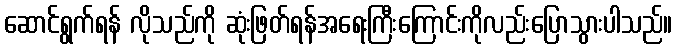
ဆောင်ရွက်ရန် လိုသည်ကို ဆုံးဖြတ်ရန်အရေးကြီးကြောင်းကိုလည်းပြောသွားပါသည်။